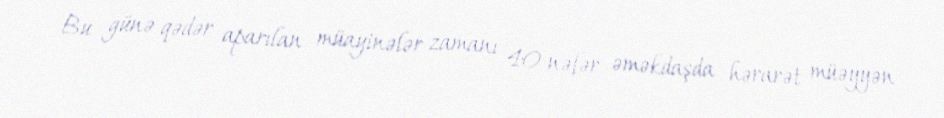
Bu günə qədər aparılan müayinələr zamanı 40 nəfər əməkdaşda hərarət müəyyən